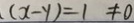
( x - y ) = 1 \neq 0